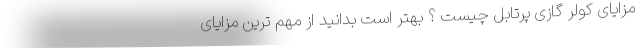
مزایای کولر گازی پرتابل چیست ؟ بهتر است بدانید از مهم ترین مزایای